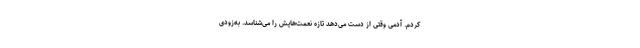
کردم. آدمی وقتی از دست می‌دهد تازه نعمت‌هایش را می‌شناسد. به‌زودی